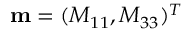
\mathbf { m } = ( M _ { 1 1 } , M _ { 3 3 } ) ^ { T }